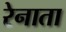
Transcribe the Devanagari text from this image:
रेनाता